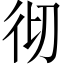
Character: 彻